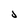
Character: j